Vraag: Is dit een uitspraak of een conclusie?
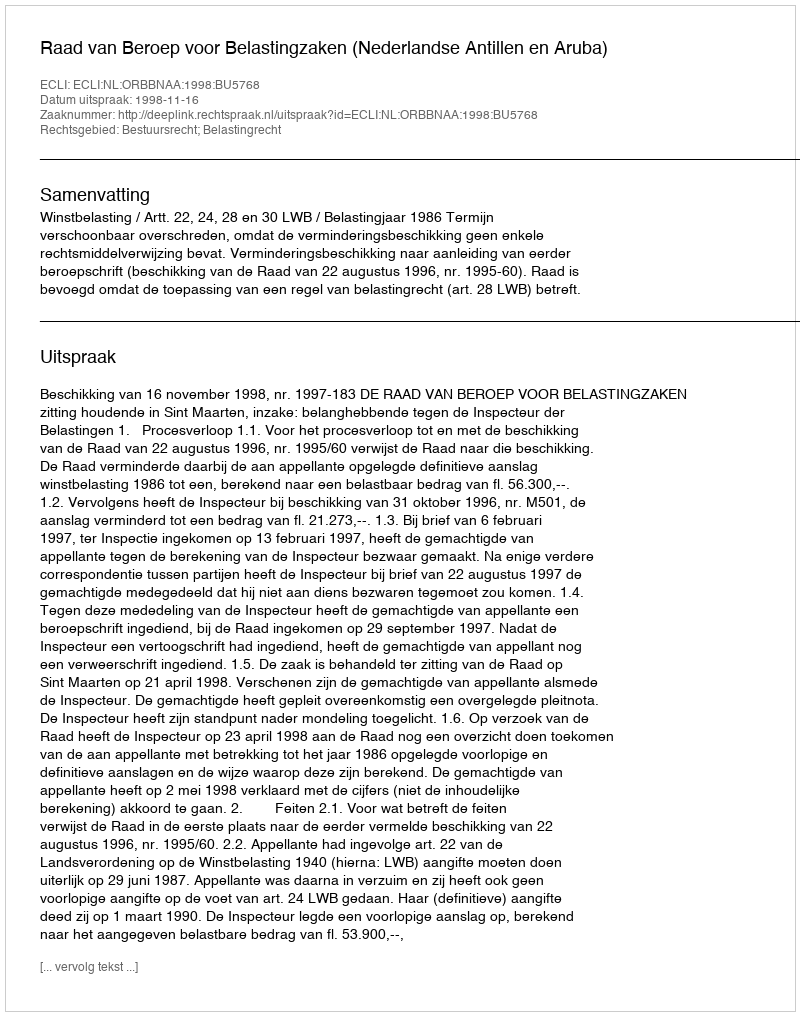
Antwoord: Uitspraak